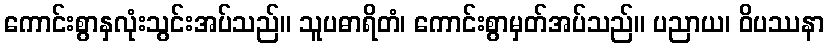
ကောင်းစွာနှလုံးသွင်းအပ်သည်။ သူပဓာရိတံ၊ ကောင်းစွာမှတ်အပ်သည်။ ပညာယ၊ ဝိပဿနာ